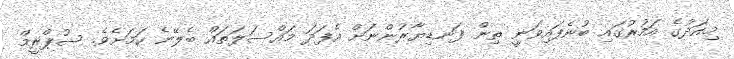
މިއަދުގެ އަމުރުގައި ބުނެފައިވަނީ ތިން ފަނޑިޔާރުންނަށް އެފަދަ މައްސަލަތައް ބެލޭނެ ކަމަށެވެ. ސުޕްރީމް